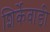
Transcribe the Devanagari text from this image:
शिर्केवाडी